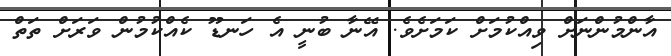
އާންމުންނަށް ވިއްކުމަށް ކަމަށެވެ. އޭނާ ބުނީ އެ ހަނޑޫ ކެއްކުމުން ވަރަށް ތަތް